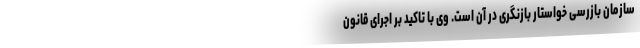
سازمان بازرسی خواستار بازنگری در آن است. وی با تاکید بر اجرای قانون